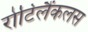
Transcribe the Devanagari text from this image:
रोटिलैंकलस